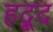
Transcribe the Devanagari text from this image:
हद्दू